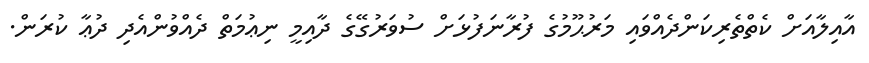
އާއިލާއަށް ކެތްތެރިކަންދެއްވައި މަރުޙޫމުގެ ފުރާނަފުޅަށް ސުވަރުގޭގެ ދާއިމީ ނިޢުމަތް ދެއްވުންއެދި ދުޢާ ކުރަން.